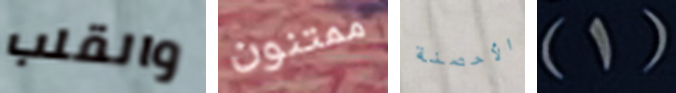
والقلب ممتنون الأحصنة (1)